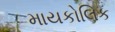
માયકોલિક